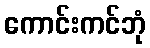
ကောင်းကင်ဘုံ